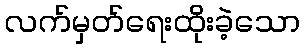
လက်မှတ်ရေးထိုးခဲ့သော